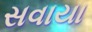
સવાયા